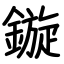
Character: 鏇